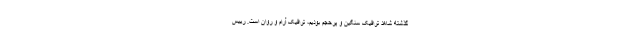
گذشته شاهد ترافیک سنگین و پرحجم بودیم، ترافیک آرام و روان است. رییس